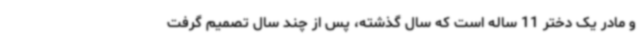
و مادر یک دختر 11 ساله است که سال گذشته، پس از چند سال تصمیم گرفت